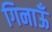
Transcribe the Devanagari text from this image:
गिनाऊँ